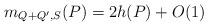
LaTeX: \begin{align*}m_{Q+Q',S}(P)=2h(P)+O(1)\end{align*}